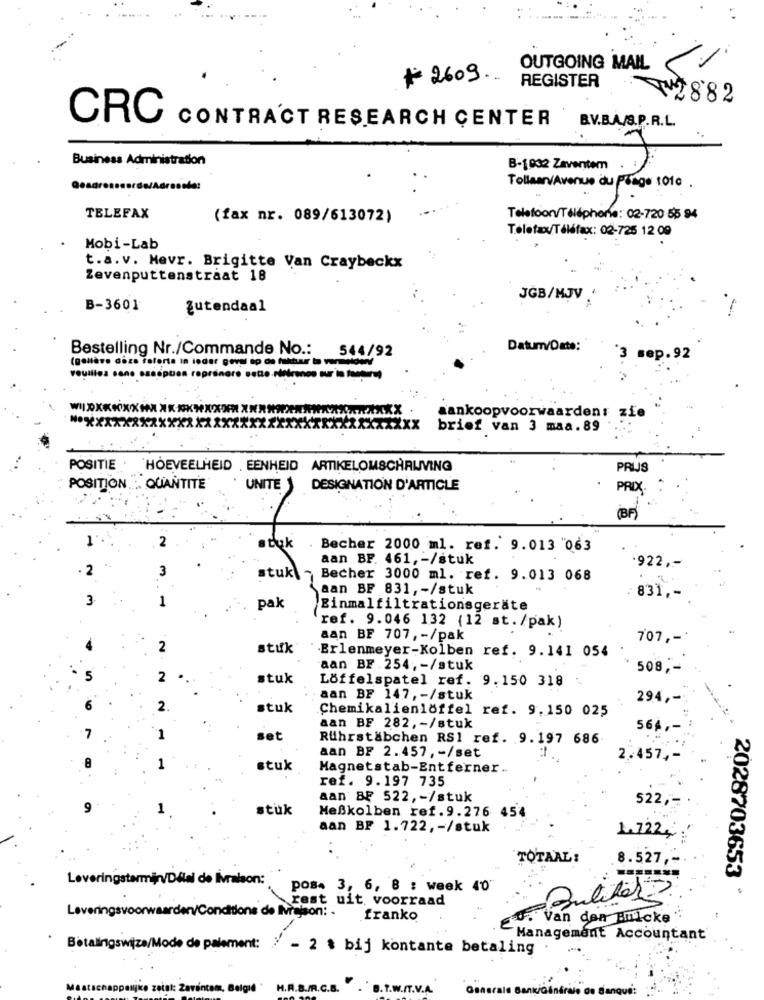
OUTGOING MAIL.
# 2609 ...
REGISTER
72882
CRC
CONTRACT RESEARCH CENTER BV.BAS.P.R.L.
Business Administration
B-1032 Zaventem
Tollaan/Avenue du Plage 101c .
TELEFAX
(fax nr. 089/613072)
Telefoonv/Téléphonie: 02-720 55 94
Telefax/Téléfax: 02-725 12 09
Mobi-Lab
t.a.v. Mevr. Brigitte Van Craybeckx
Zevenputtenstraat 18
JGB/MJV .'
B-3601
Zutendaal
-
Datum/Date:
Bestelling Nr./Commande No .: 544/92
3 sep.92
veuillez sono .
pues repránere settoritiranos our'in tootra!
aankoopvoorwaarden: zie
xx
brief van 3 maa.89
POSITIE . HOEVEELHEID . EENHEID ARTIKELOMSCHAUVING
PRIJS
POSITION .: QUANTITE
UNITE | DESIGNATION D'ARTICLE
PRIX.
(BF)
1'
2
stuk
Becher 2000 ml. ref. 9.013 "063
aan BF. 461, - /stuk
2
3
922 ,-
stukl
Becher 3000 ml. ref. 9.013 068
aan BF 831, - /stuk
3
1
831 ,-
pak
Einmalfiltrationsgeräte
ref. 9.046 132 (12 st./pak)
aan BF 707, - /pak
707 ,-*
2
stuk
Erlenmeyer-Kolben ref. 9.141 054
aan BF. 254, - /stuk
508 ,-
5
2
stuk
Löffelspatel ref. 9.150 318
aan BF 147, - /stuk
294 ,-
2.
stuk
Chemikalienlöffel ref. 9.150 025
aan BF 282, - /stuk
564 ,-
set
Rührstäbchen RS1 ref. 9.197 686
aan BF 2.457, - /set
2.457 ,-
stuk
Magnetstab-Entferner.
ref. 9.197 735
aan BF 522, - /stuk
522 ,-
stuk
Meßkolben ref. 9.276 454
aan BF 1.722, - /stuk
1.722;
TOTAAL :
8.527 ,-
Leveringstermin/Délai de livraison:
2028703653
Pos. 3, 6, 8 : week 40'
rest uit, voorraad
Leveringsvoorwaarden/Conditions de IMraison: .
franko
0. Van den Bulcke
-Management Accountant
Betalingswijze/Mode de paiement: 7 - 2 % bij kontante betaling
.W.IT.V.A.
e de Banque: